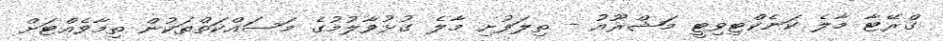
ގްރޭޓާ މާލެ ކަނެކްޓިވިޓީ މަޝްރޫއު - ތިލަފުށި މާލެ ގުޅުވާލުމުގެ މަސައްކަތްތަކުން ތިމާވެއްޓަށް